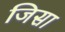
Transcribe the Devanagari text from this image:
जिसा